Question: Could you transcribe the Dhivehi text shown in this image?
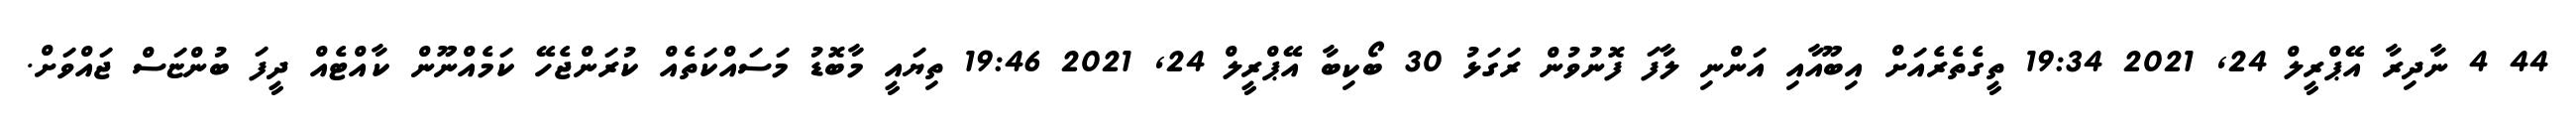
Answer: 44 4 ނާދިރާ އޭޕްރީލް 24, 2021 19:34 ތީގެތެރެއަށް އިބޫއާއި އަންނި ލާފަ ފޮނުވުން ރަގަޅު 30 ބޯކިބާ އޭޕްރީލް 24, 2021 19:46 ތިޔައީ މާބޮޑު މަސައްކަތެއް ކުރަންޖެހޭ ކަމެއްނޫން ކާއްޓެއް ދީފަ ބުންޏަސް ޖައްވަށް.